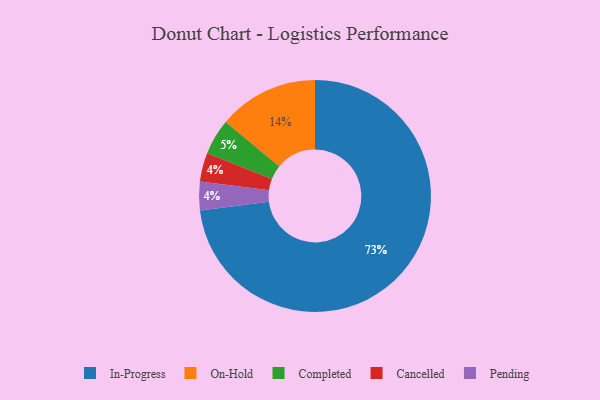
{"axis": {"x": "Category", "y": "Percentage"}, "legend": ["Cancelled", "Completed", "In-Progress", "On-Hold", "Pending"], "data": [{"x": "Cancelled", "y": 4, "type": "Cancelled"}, {"x": "Completed", "y": 5, "type": "Completed"}, {"x": "On-Hold", "y": 14, "type": "On-Hold"}, {"x": "Pending", "y": 4, "type": "Pending"}, {"x": "In-Progress", "y": 73, "type": "In-Progress"}]}